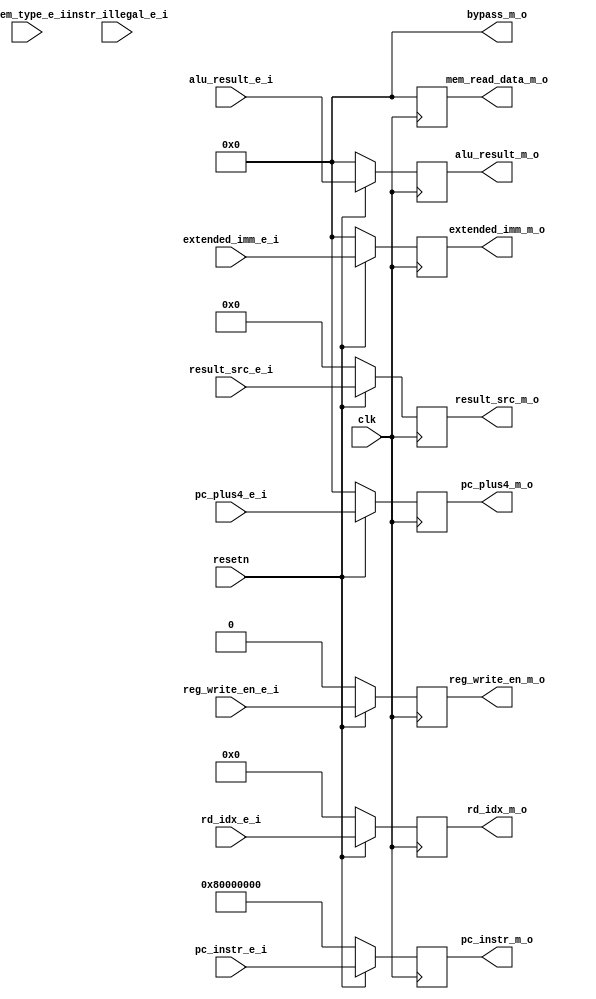
module pipelineMEM (
    input wire clk,
    input wire resetn, // no reset need in MEM stage

    /* signals passed from EXE stage */
    // MEM stage signals
    input wire [31:0] alu_result_e_i,   
    input wire [ 2:0] dmem_type_e_i,      // load/store types
    // WB stage signals
    input wire [31:0] extended_imm_e_i,  
    input wire [31:0] pc_plus4_e_i,      
    input wire        reg_write_en_e_i,         
    input wire [ 4:0] rd_idx_e_i,          
    input wire [ 3:0] result_src_e_i,   
    input wire        instr_illegal_e_i, // instruction illegal, used by CSR unit
    input wire [31:0] pc_instr_e_i,

    /* signals to passed to WB stage */
    output reg [31:0] mem_read_data_m_o,  // data read from D-memory 
    output reg [31:0] alu_result_m_o,    // alu calculation result
    output reg [31:0] extended_imm_m_o,  // extended imm, for 'lui' instruction
    output reg [31:0] pc_plus4_m_o,      // rd=pc+4, for `jal` instruction
    output reg        reg_write_en_m_o,   // RF write enable
    output reg [ 4:0] rd_idx_m_o,            // RF write back register index, passed from MEM stage
    output reg [ 3:0] result_src_m_o,    // select signal to choose one of the four inputs
    output reg [31:0] pc_instr_m_o,
    output wire [31:0] bypass_m_o
    // TODO: signals to communicate with Data Memory
    // TODO: add CSR Unit signals
);

// =========================================================================
// ============================ implementation =============================
// =========================================================================


    always @(posedge clk ) begin 
        if(~resetn) begin
            reg_write_en_m_o  <= 1'b0;
            result_src_m_o    <= 4'b0000;
            alu_result_m_o    <= 32'h0;
            mem_read_data_m_o <= 32'h0;
            pc_plus4_m_o      <= 32'h0;
            extended_imm_m_o  <= 32'h0;
            rd_idx_m_o        <= 5'h0;
            pc_instr_m_o      <= 32'h80000000;
        end
        else begin
            // pass signals to MEM stage
            reg_write_en_m_o  <= reg_write_en_e_i;
            result_src_m_o    <= result_src_e_i;
            alu_result_m_o    <= alu_result_e_i;
            mem_read_data_m_o <= 32'h0; // TODO: memory read data must from D-memory
            pc_plus4_m_o      <= pc_plus4_e_i;
            extended_imm_m_o  <= extended_imm_e_i;
            rd_idx_m_o        <= rd_idx_e_i;
            pc_instr_m_o      <= pc_instr_e_i;
        end
    end

    assign bypass_m_o = 32'b0 ;
    // TODO: add D-memory logic signals
endmodule